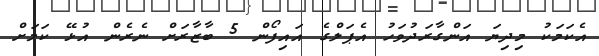
އެކަމަކު މިދިޔަ އަންގާރަދުވަހު އެޕަލްގެ އައިފޯން 5 ބާޒާރަށް ނެރެން އުޅޭ ކަމަށް